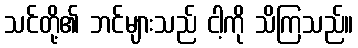
သင်တို့၏ ဘင်များသည် ငါ့ကို သိကြသည်။